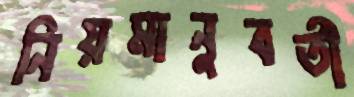
নিয়মানুবর্তী